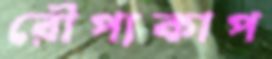
রৌপ্যকাপ